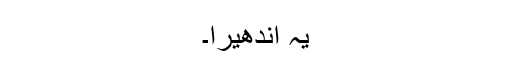
یہ اندھیرا۔